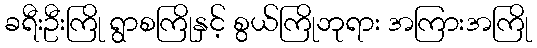
ခရီးဦးကြို ရွာစကြိုနှင့် စွယ်ကြိုဘုရား အကြားအကြို